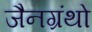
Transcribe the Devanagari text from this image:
जैनग्रंथो